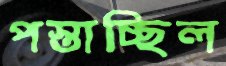
পস্তাচ্ছিল